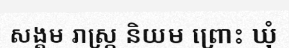
សង្គម រាស្ត្រ និយម ព្រោះ ឃុំ